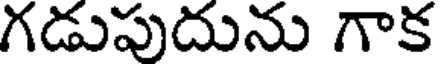
గడుపుదును గాక